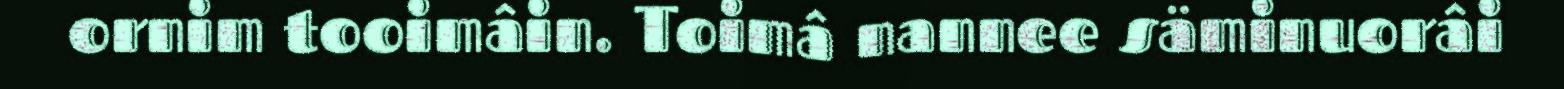
ornim tooimâin. Toimâ nannee säminuorâi